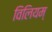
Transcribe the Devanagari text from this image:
विलियम्